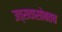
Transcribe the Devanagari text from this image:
उत्सवासोबतच